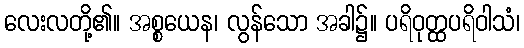
လေးလတို့၏။ အစ္စယေန၊ လွန်သော အခါ၌။ ပရိဝုတ္ထပရိဝါသံ၊